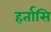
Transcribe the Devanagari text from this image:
हर्तासि